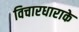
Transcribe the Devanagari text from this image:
विचारधाराके